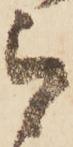
ら